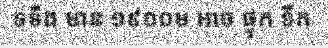
ទទឹង មាន ១៩០០ម អាច ផ្ទុក ទឹក